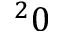
^ 2 0